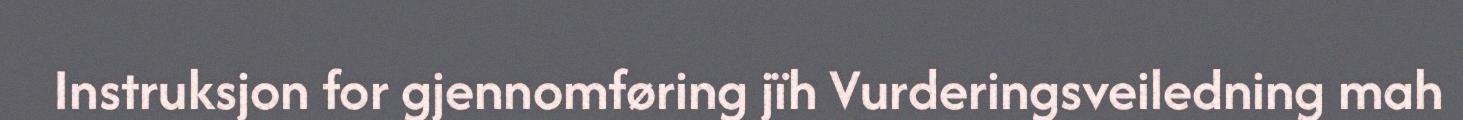
Instruksjon for gjennomføring jïh Vurderingsveiledning mah